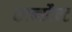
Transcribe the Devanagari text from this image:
कान्स्टैन्ट